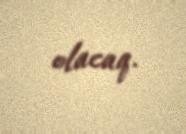
olacaq.